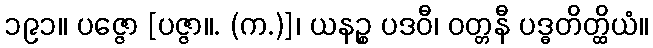
၁၉၁။ ပဇ္ဇော [ပဇ္ဇာ။. (က.)]၊ ယနဉ္စ ပဒဝီ၊ ဝတ္တနီ ပဒ္ဓတိတ္ထိယံ။